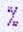
%